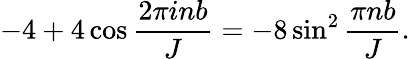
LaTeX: -4+4\cos\frac{2\pi inb}{J}=-8\sin^{2}\frac{\pi nb}{J}.